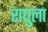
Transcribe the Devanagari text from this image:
राघुला